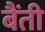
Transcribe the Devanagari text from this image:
बैंती